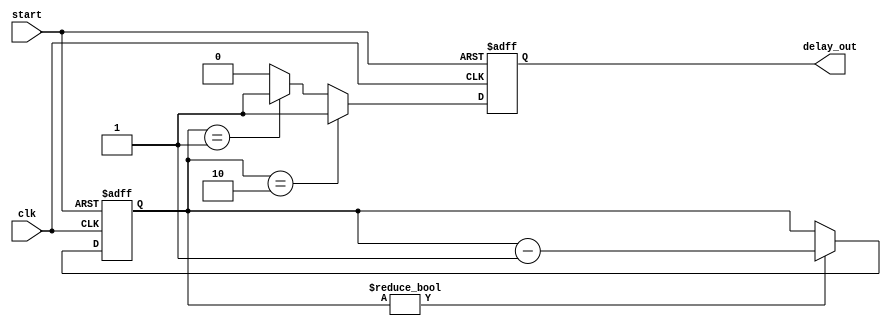
module delay(
	input clk,
	input start,
	output reg delay_out=0
);
 reg [23:0] count;

 always @ (posedge clk or posedge start)  //
   begin
     if(start)
      begin
       count[23:0]<=24'hffffff;
       delay_out<=1'b0;
      end
     else
      begin
       if(count!=0) count<=count-1'b1;//
       if(count==24'd2) delay_out<=1'b1;
       else if(count==24'd1) delay_out<=1'b1;
       else  delay_out<=1'b0;
      end
   end
 endmodule